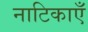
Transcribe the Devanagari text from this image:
नाटिकाएँ